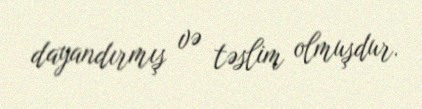
dayandırmış və təslim olmuşdur.